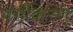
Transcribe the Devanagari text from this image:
वर्गीकरण्